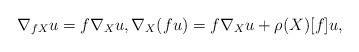
\begin{gather*} \nabla _{ f X } u = f \nabla _X u , \nabla _X ( f u ) = f \nabla _X u + \rho (X) [f] u , \end{gather*}